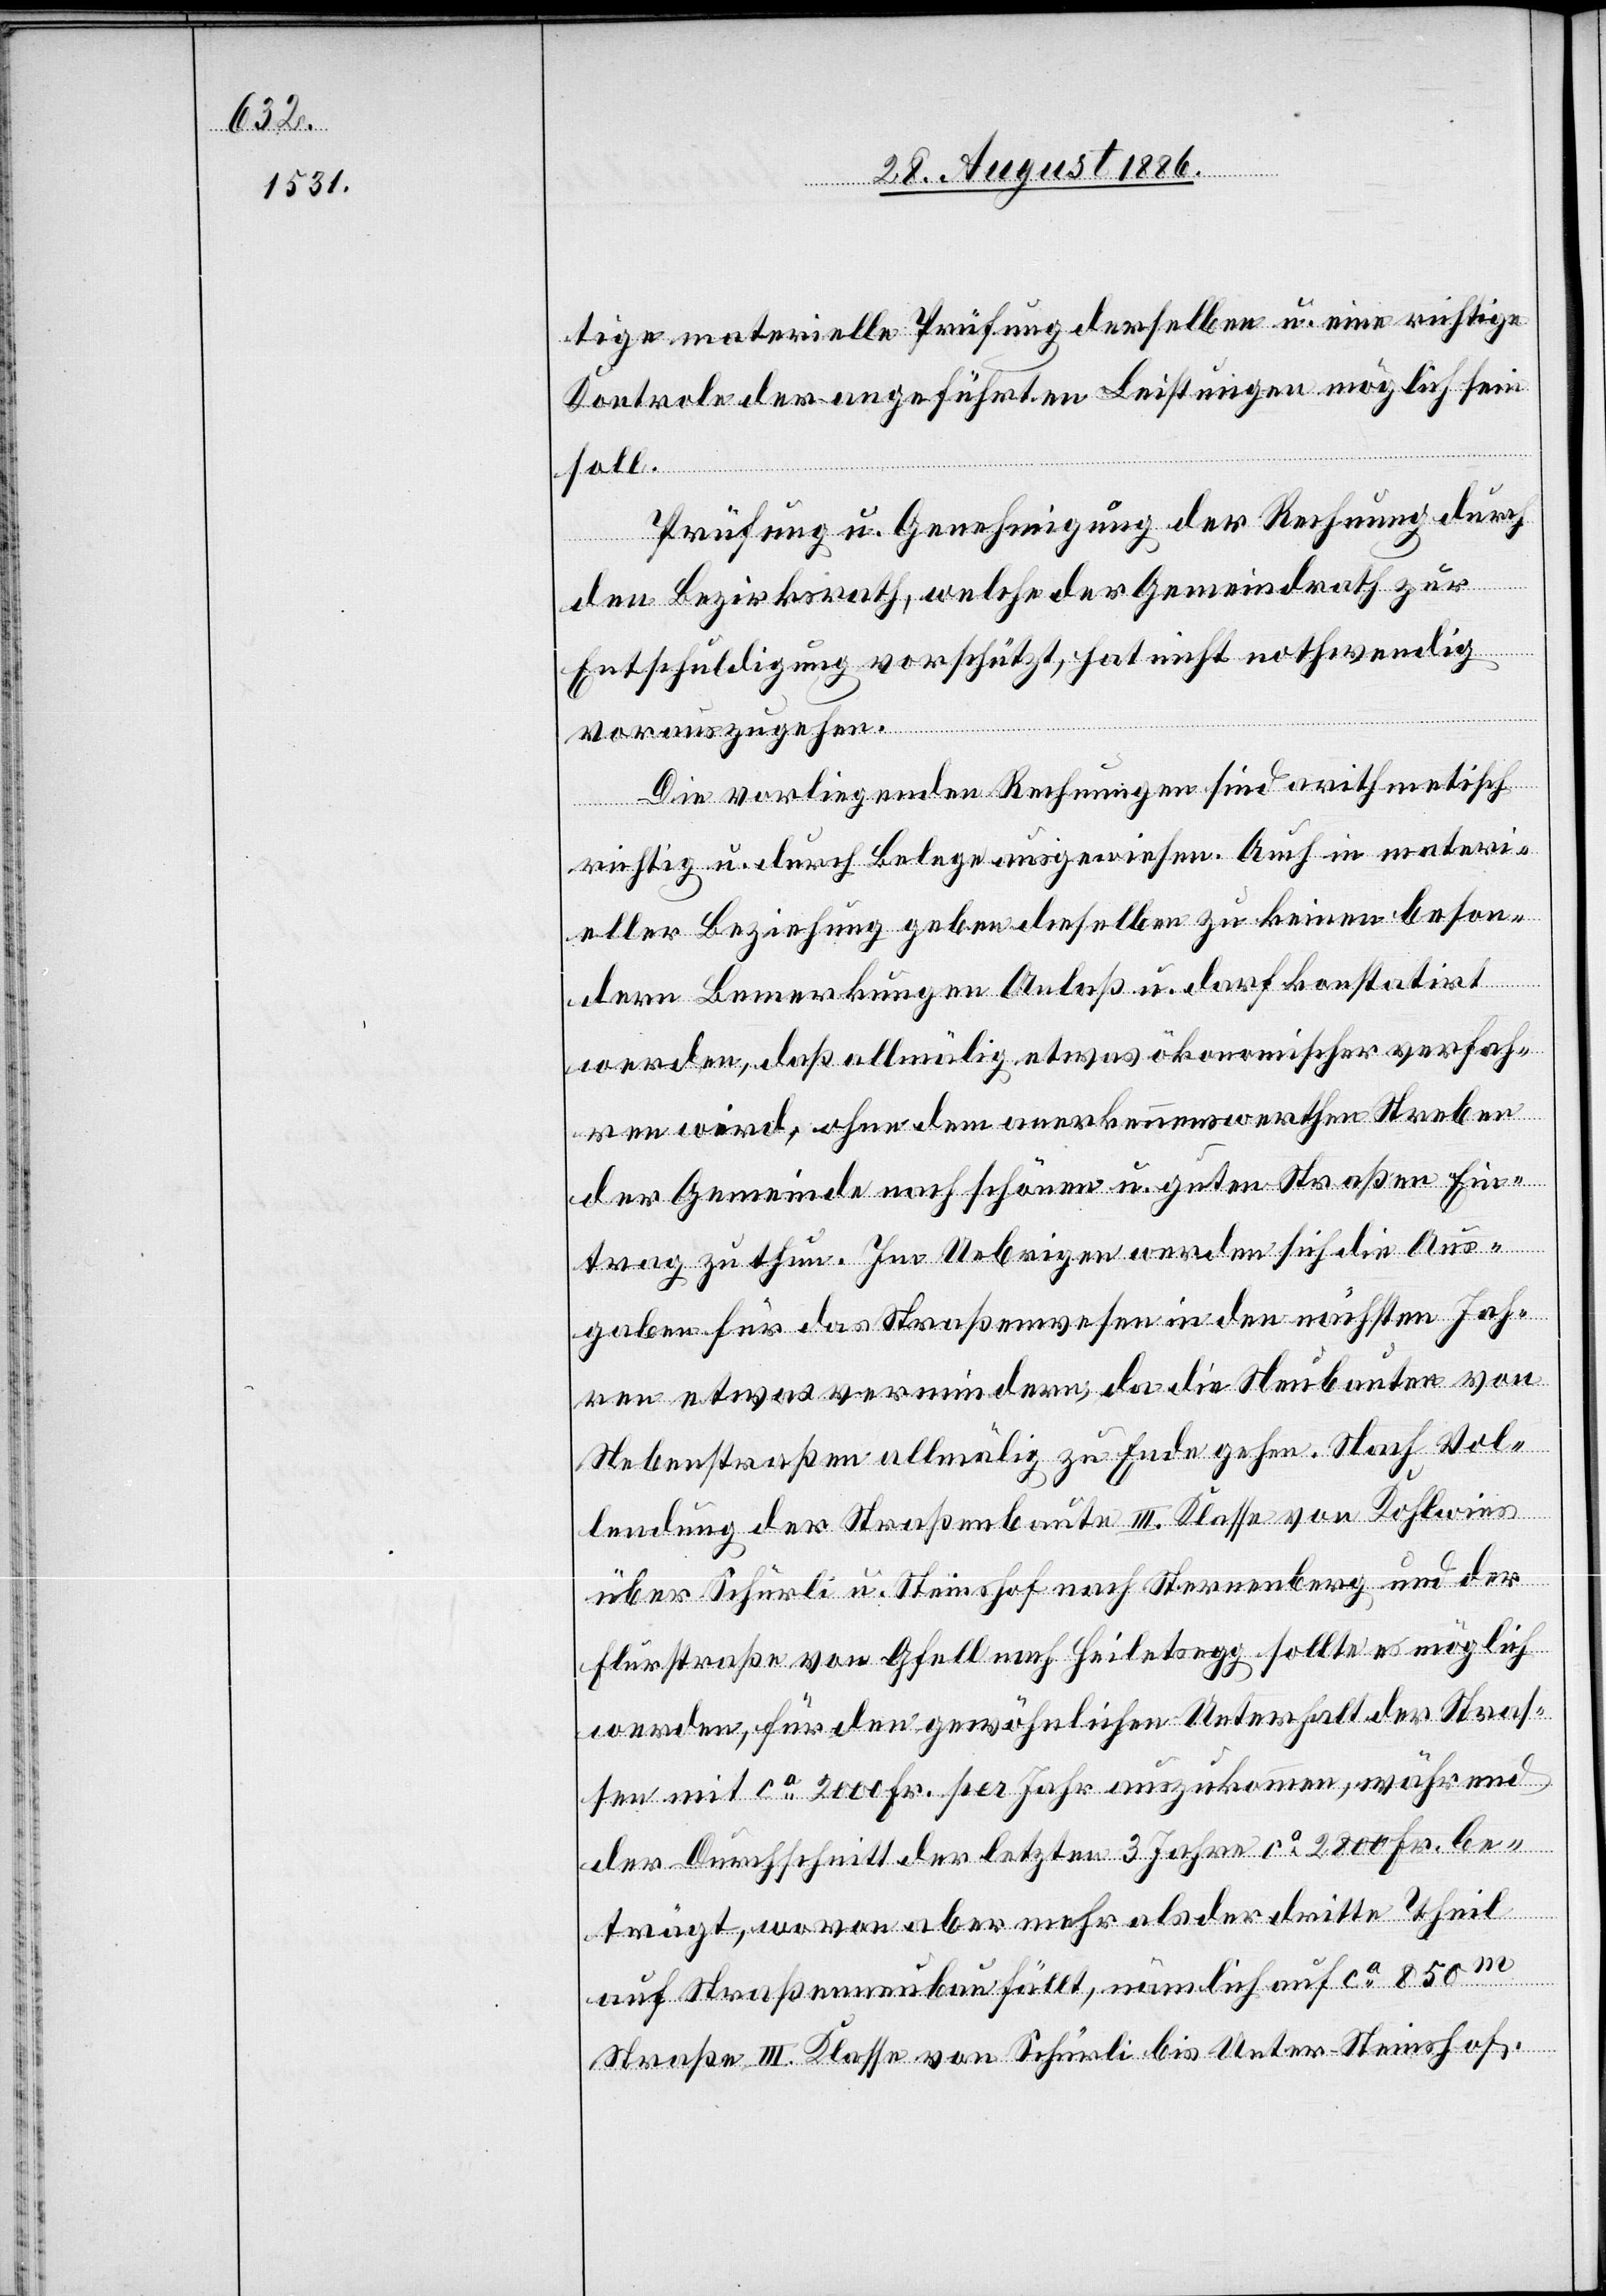
tige materielle Prüfung derselben u. eine richtige
Kontrole der angeführten Leistungen möglich sein
soll.
Prüfung u. Genehmigung der Rechnung durch
den Bezirksrath, welche der Gemeindrath zur
Entschuldigung vorschützt, hat nicht nothwendig
vorauszugehen.
Die vorliegenden Rechnungen sind arithmetisch
richtig u. durch Belege nachgewiesen. Auch in materi¬
eller Beziehung geben dieselben zu keinen beson¬
dern Bemerkungen Anlaß u. darf konstatirt
werden, daß allmälig etwas ökonomischer verfah¬
ren wird, ohne dem anerkennenswerthen Streben
der Gemeinde nach schönen u. guten Straßen Ein¬
trag zu thun. Im Uebrigen werden sich die Aus¬
gaben für das Straßenwesen in den nächsten Jah¬
ren etwas vermindern, da die Neubauten von
Nebenstraßen allmälig zu Ende gehen. Nach Vol¬
lendung der Straßenbaute III. Klasse von Kohlwies
über Schürli u. Steinshof nach Sternenberg und der
Flurstraße von Gfell nach Heiletsegg sollte es möglich
werden, für den gewöhnlichen Unterhalt der Straß¬
en mit ca 2000 Fr. per Jahr auszukommen, während
der Durchschnitt der letzten 3 Jahre ca 2800 Fr. be¬
trägt, wovon aber mehr als der dritte Theil
auf Straßenneubau fällt, nämlich auf ca 850 m
Straße III. Klasse von Schürli bis Unter-Steinshof.